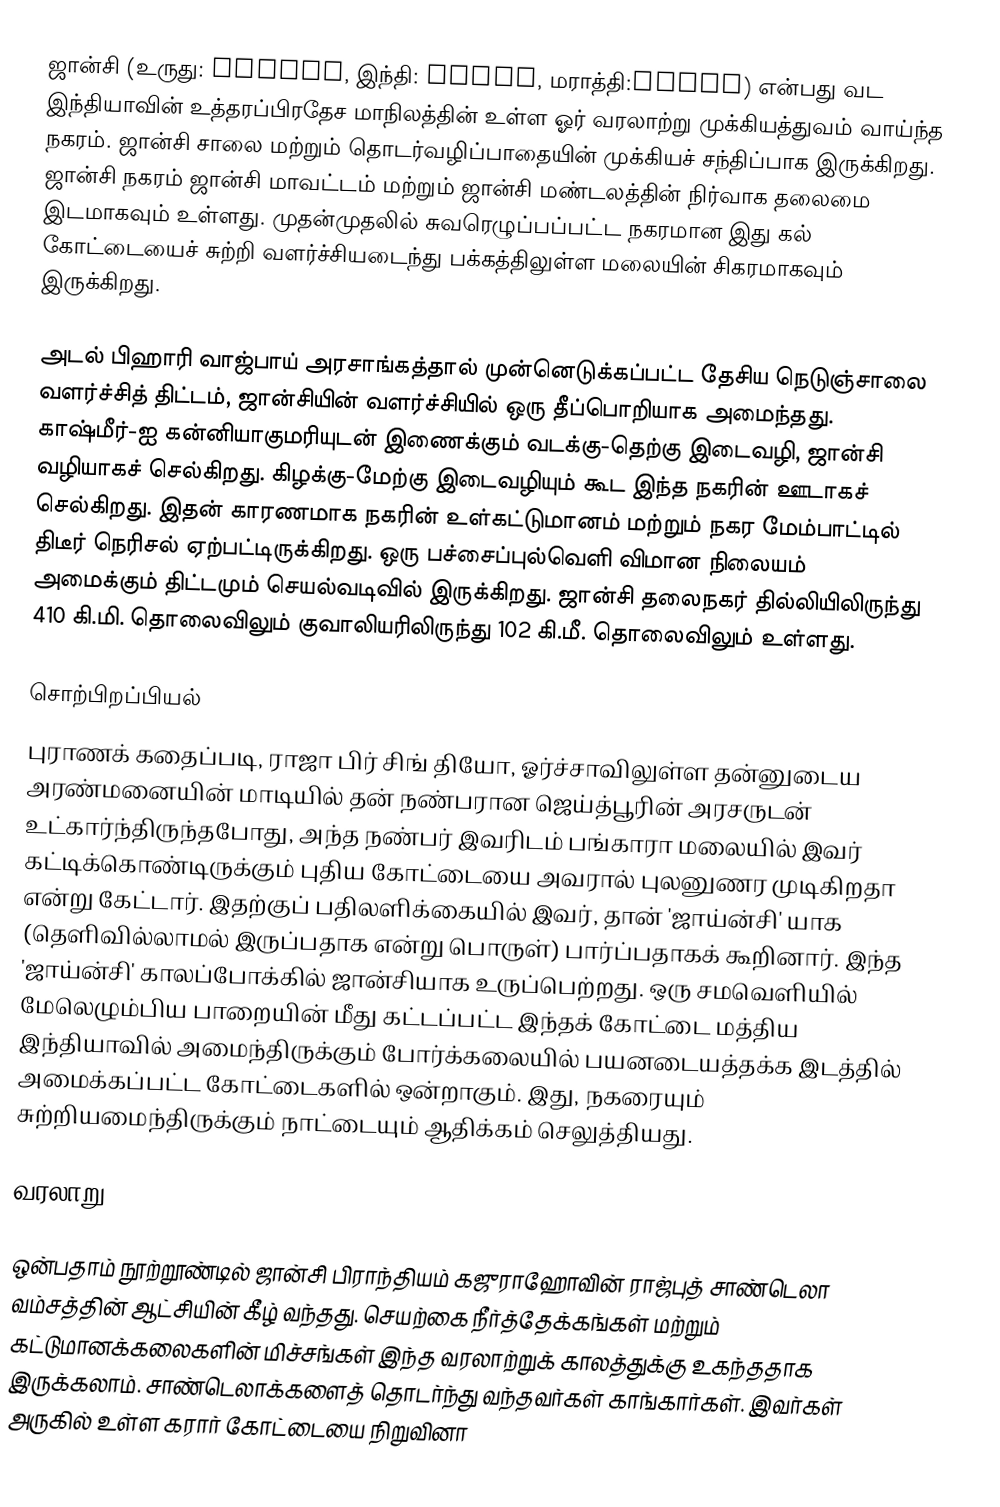
ஜான்சி  (உருது: جھانسی, இந்தி: झांसी, மராத்தி:झांशी) என்பது வட இந்தியாவின் உத்தரப்பிரதேச மாநிலத்தின் உள்ள ஓர் வரலாற்று முக்கியத்துவம் வாய்ந்த நகரம். ஜான்சி சாலை மற்றும் தொடர்வழிப்பாதையின் முக்கியச் சந்திப்பாக இருக்கிறது. ஜான்சி நகரம் ஜான்சி மாவட்டம் மற்றும் ஜான்சி மண்டலத்தின் நிர்வாக தலைமை இடமாகவும் உள்ளது. முதன்முதலில் சுவரெழுப்பப்பட்ட நகரமான இது கல் கோட்டையைச் சுற்றி வளர்ச்சியடைந்து பக்கத்திலுள்ள மலையின் சிகரமாகவும் இருக்கிறது.

அடல் பிஹாரி வாஜ்பாய் அரசாங்கத்தால் முன்னெடுக்கப்பட்ட தேசிய நெடுஞ்சாலை வளர்ச்சித் திட்டம், ஜான்சியின் வளர்ச்சியில் ஒரு தீப்பொறியாக அமைந்தது. காஷ்மீர்-ஐ கன்னியாகுமரியுடன் இணைக்கும் வடக்கு-தெற்கு இடைவழி, ஜான்சி வழியாகச் செல்கிறது. கிழக்கு-மேற்கு இடைவழியும் கூட இந்த நகரின் ஊடாகச் செல்கிறது. இதன் காரணமாக நகரின் உள்கட்டுமானம் மற்றும் நகர மேம்பாட்டில் திடீர் நெரிசல் ஏற்பட்டிருக்கிறது. ஒரு பச்சைப்புல்வெளி விமான நிலையம் அமைக்கும் திட்டமும் செயல்வடிவில் இருக்கிறது. ஜான்சி தலைநகர் தில்லியிலிருந்து 410 கி.மி. தொலைவிலும் குவாலியரிலிருந்து 102 கி.மீ. தொலைவிலும் உள்ளது.

சொற்பிறப்பியல்
புராணக் கதைப்படி, ராஜா பிர் சிங் தியோ, ஓர்ச்சாவிலுள்ள தன்னுடைய அரண்மனையின் மாடியில் தன் நண்பரான ஜெய்த்பூரின் அரசருடன் உட்கார்ந்திருந்தபோது, அந்த நண்பர் இவரிடம் பங்காரா மலையில் இவர் கட்டிக்கொண்டிருக்கும் புதிய கோட்டையை அவரால் புலனுணர முடிகிறதா என்று கேட்டார். இதற்குப் பதிலளிக்கையில் இவர், தான் 'ஜாய்ன்சி' யாக (தெளிவில்லாமல் இருப்பதாக என்று பொருள்) பார்ப்பதாகக் கூறினார். இந்த 'ஜாய்ன்சி' காலப்போக்கில் ஜான்சியாக உருப்பெற்றது. ஒரு சமவெளியில் மேலெழும்பிய பாறையின் மீது கட்டப்பட்ட இந்தக் கோட்டை மத்திய இந்தியாவில் அமைந்திருக்கும் போர்க்கலையில் பயனடையத்தக்க இடத்தில் அமைக்கப்பட்ட கோட்டைகளில் ஒன்றாகும். இது, நகரையும் சுற்றியமைந்திருக்கும் நாட்டையும் ஆதிக்கம் செலுத்தியது.

வரலாறு

ஒன்பதாம் நூற்றூண்டில் ஜான்சி பிராந்தியம் கஜுராஹோவின் ராஜ்புத் சாண்டெலா வம்சத்தின் ஆட்சியின் கீழ் வந்தது. செயற்கை நீர்த்தேக்கங்கள் மற்றும் கட்டுமானக்கலைகளின் மிச்சங்கள் இந்த வரலாற்றுக் காலத்துக்கு உகந்ததாக இருக்கலாம். சாண்டெலாக்களைத் தொடர்ந்து வந்தவர்கள் காங்கார்கள். இவர்கள் அருகில் உள்ள கரார் கோட்டையை நிறுவினா